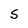
Character: S